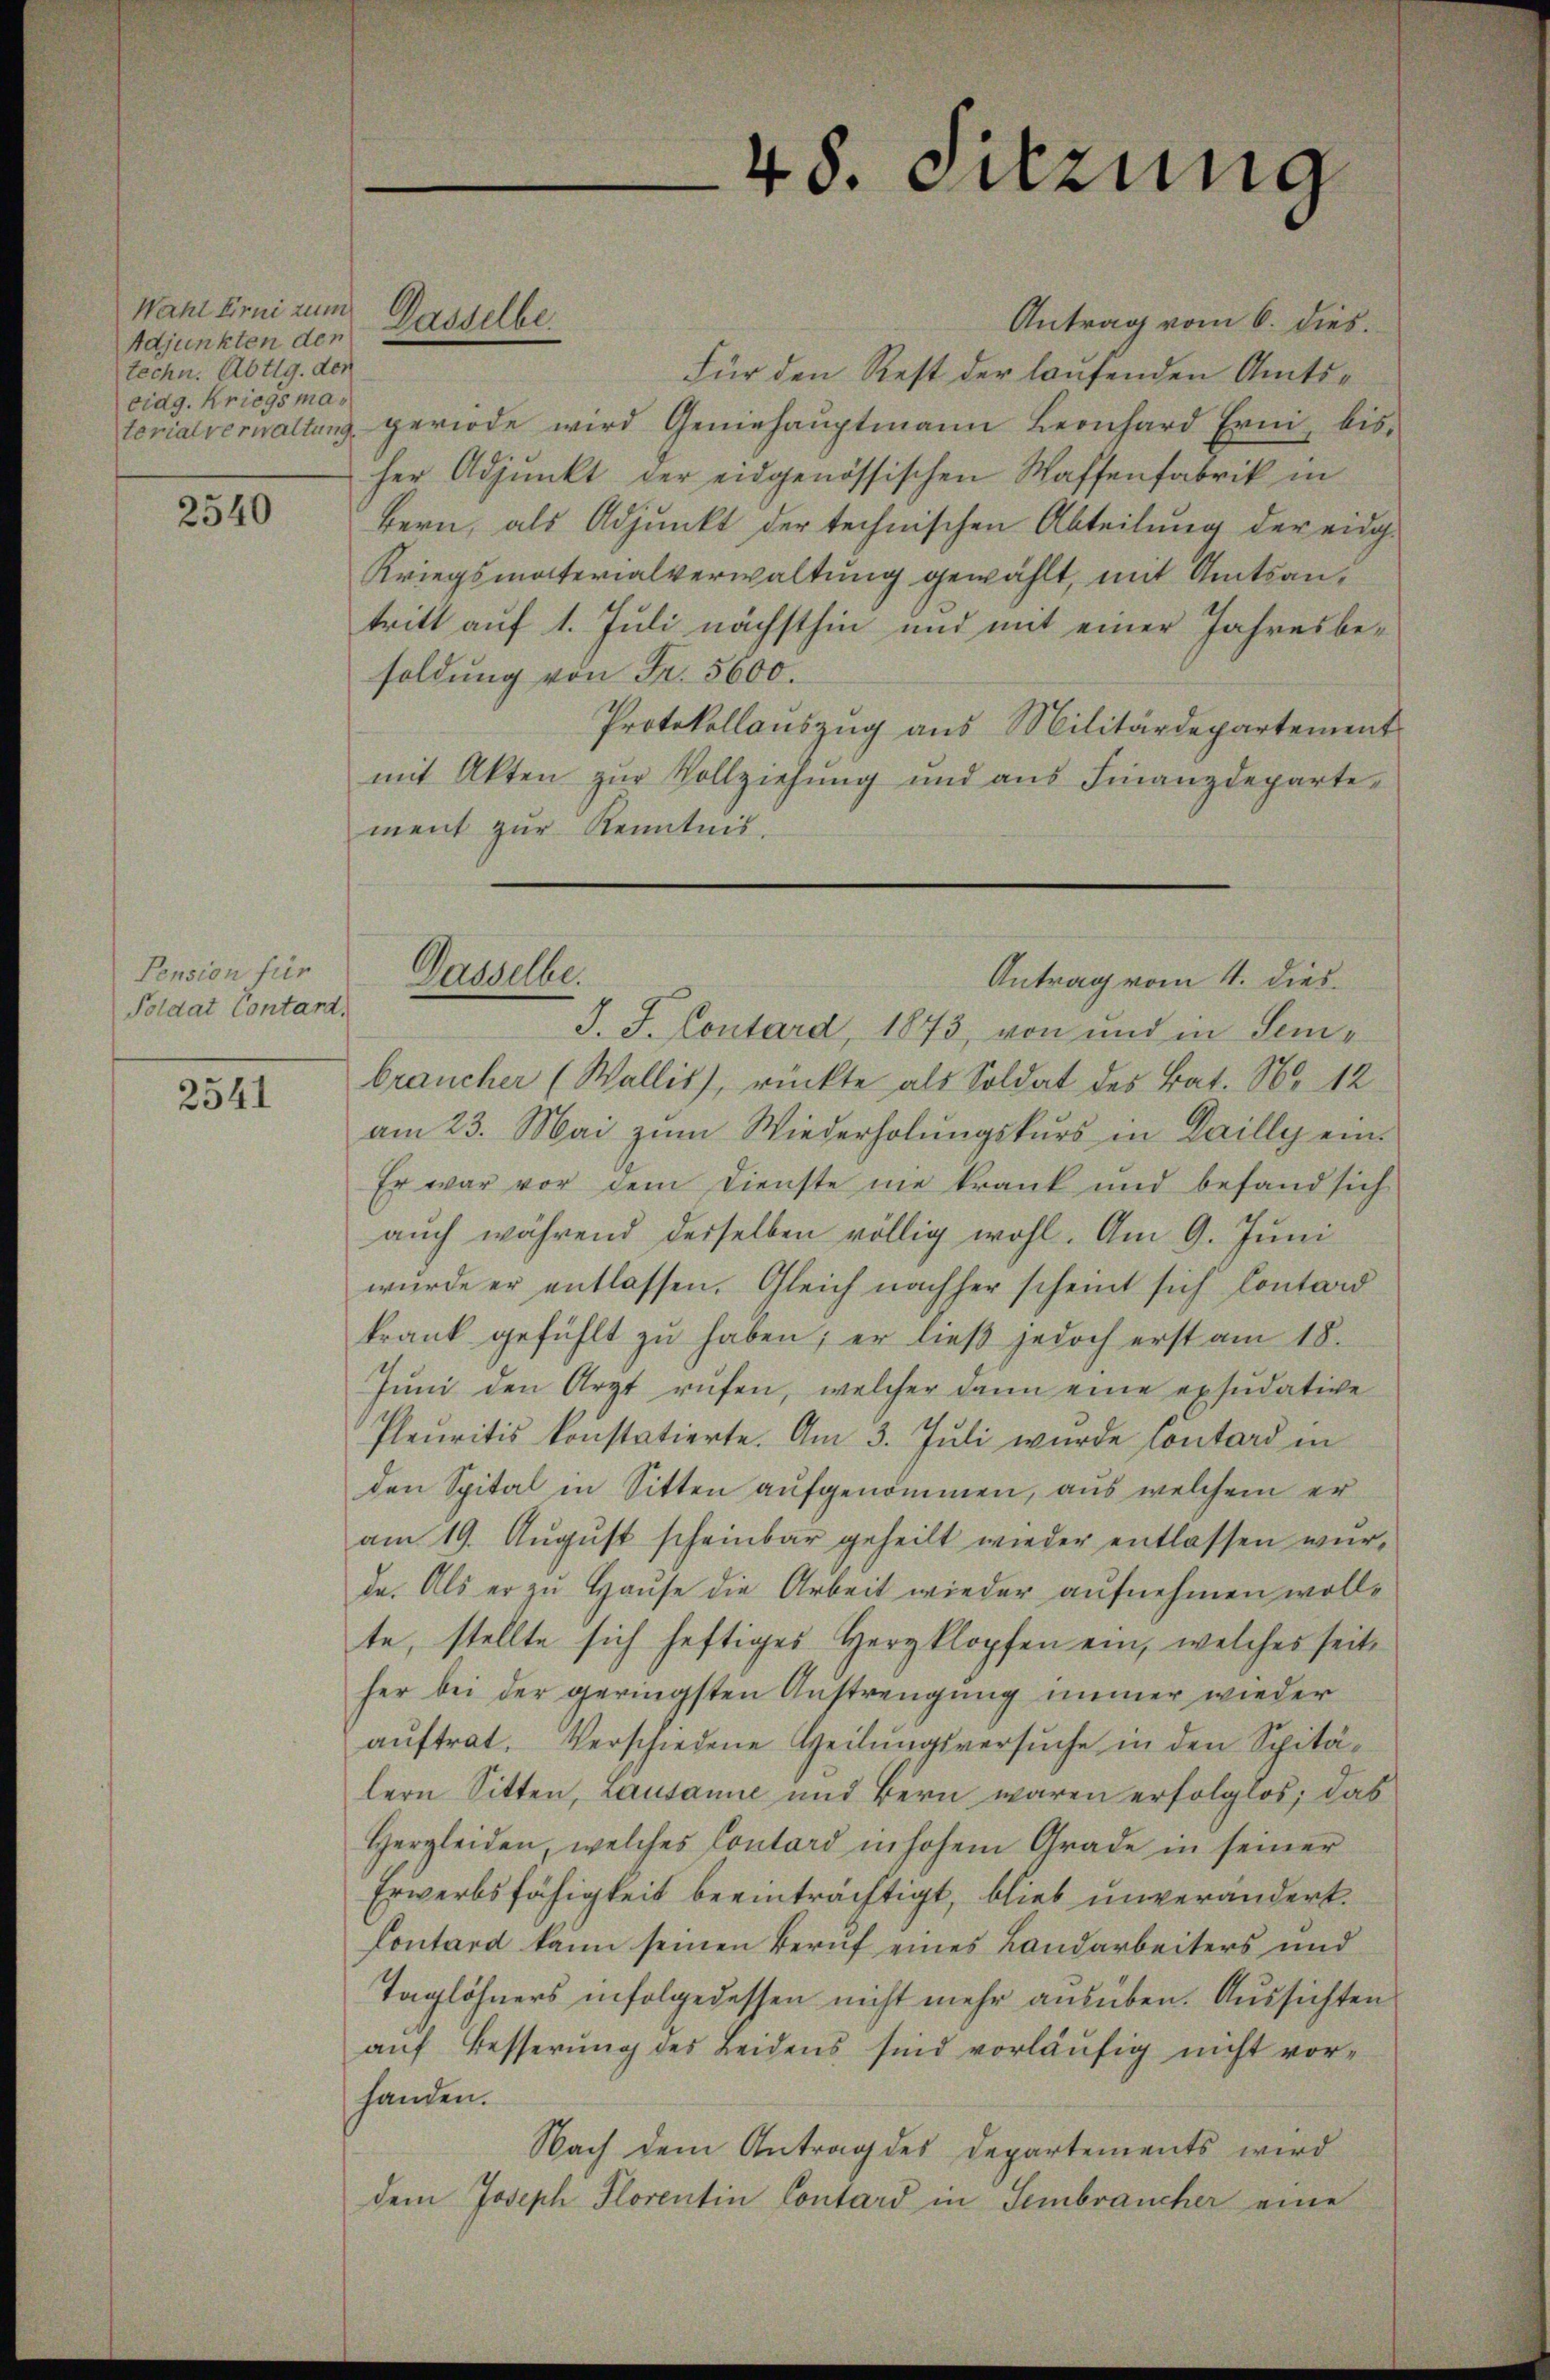
Wahl Erni zum
Adjunkten den
techn. Abtlg. der
eidg. Kriegsma¬

2540

Pension für
Poldat Contard,

2541

Antrag vom 6. dies.
Für den Rest der laufenden Amtsterialverwaltung geriode wird Geniehauptmann Leonhard Erni, bis-
her Adjunkt der eidgenössischen Waffenfabrik in
Bern, als Adjunkt der technischen Abteilung der eidg.
Kriegsmaterialverwaltung gewählt, mit Amtsantritt auf 1. Juli nächsthin und mit einer Jahresbesoldung von Fr. 5600.
Protokollauszug aus Militärdepartement
mit Akten zur Vollziehung und aus Finanzdepartement zur Kenntnis.

Gasselbe.

48. Sitzung

Gasselbe
Antrag vom 4. dies

J. J. Contard, 1873, von und in Senbraucher (Wallis, rückte als Soldat des Bat. Nr. 12
am 23. Mai zum Wiederholungskurs in Dailly ein¬
Er war vor dem Dienste nie krank und befand sich
auch während derselben völlig wohl. Am 9. Juni
wurde er entlassen. Gleich nachher scheint sich Contord
krank gefühlt zŭ haben; er ließ jedoch erst am 18.
Juni den Arzt rufen, welcher dann eine exsudative
Pleŭritis konstatierte. Am 3. Juli wurde Contard in
den Spital in Sitten aufgenommen, aus welchem er
am 19. August scheinbar geheilt wieder entlassen würda. Als er zu Hause die Arbeit wieder aufnehmen wollte, stellte sich heftiges Herzklopfen ein, welches seit
her bei der geringsten Anstrengung immer wieder
auftrat. Verschiedene Heilungsversuche in den Spitälern Sitten, Lausanne und Bern waren erfolglos; das
Hergleiden, welches Contard in hohem Grade in seiner
Erwerbsfähigkeit beeinträchtigt, blieb unverändert.
Contard kann seinen Beruf eines Landarbeiters und
Taglöhners infolgedessen nicht mehr ausüben. Aussichten
auf Besserung des Leidens sind vorläufig nicht vor-
handen.
Nach dem Antrag des Departements wird
dem Joseph Florentin Contard in Sembraucher eine